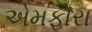
એમફોરા